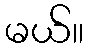
မယ်။